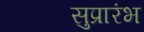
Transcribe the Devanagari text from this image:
सुप्रारंभ